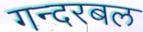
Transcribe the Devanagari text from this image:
गन्दरबल